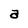
Character: a